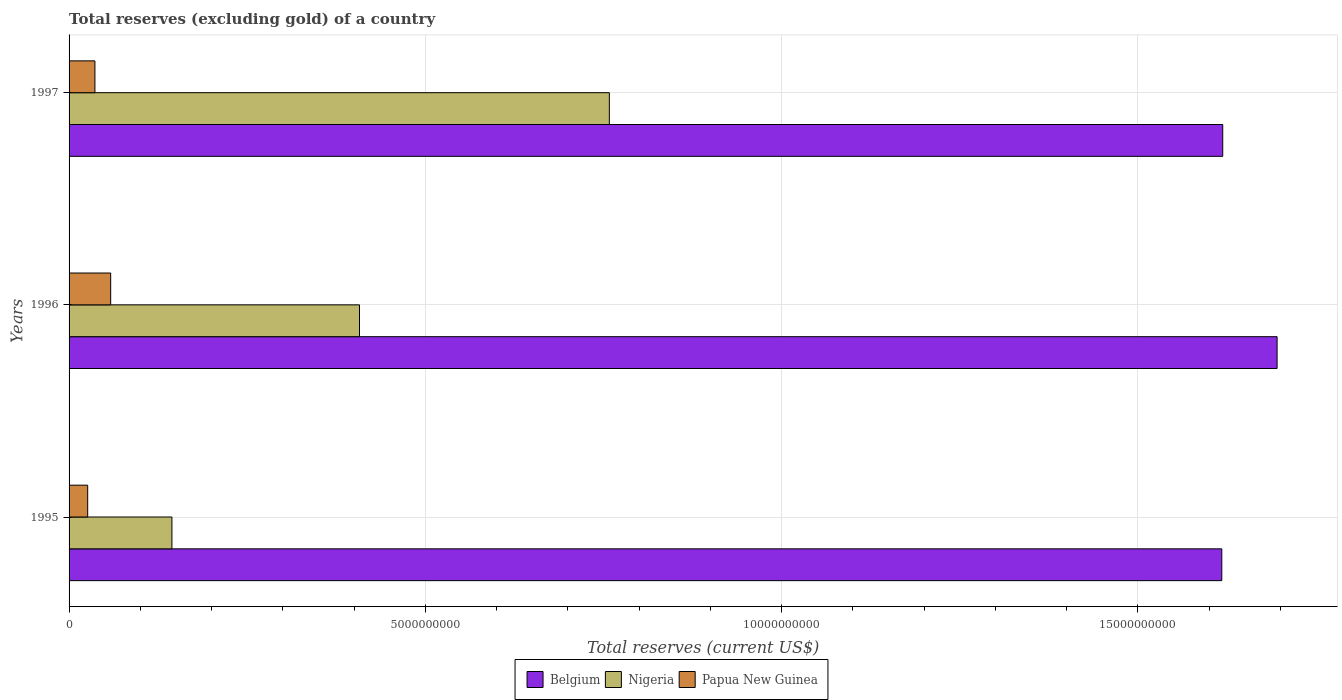
| Years | Belgium | Nigeria | Papua New Guinea |
 | --- | --- | --- | --- |
 | 1995 | 1.62e+10 | 1.44e+09 | 2.61e+08 |
 | 1996 | 1.7e+10 | 4.08e+09 | 5.84e+08 |
 | 1997 | 1.62e+10 | 7.58e+09 | 3.63e+08 |